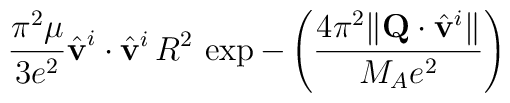
\frac{\pi^2\mu}{3e^2}\hat{\bf v}^i\cdot\hat{\bf v}^i\,R^2\,\exp-\left(\frac{4\pi^2\|{\bf Q}\cdot\hat{\bf v}^i\|}{M_Ae^2}\right)